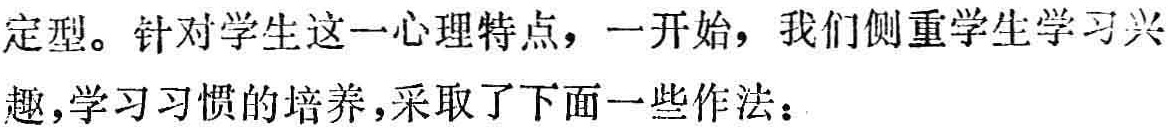
定型。针对学生这一心理特点，一开始，我们侧重学生学习兴

趣,学习习惯的培养,采取了下面一些作法：